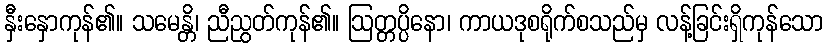
နှီးနှောကုန်၏။ သမေန္တိ၊ ညီညွတ်ကုန်၏။ ဩတ္တပ္ပိနော၊ ကာယဒုစရိုက်စသည်မှ လန့်ခြင်းရှိကုန်သော